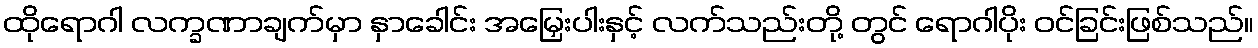
ထိုရောဂါ လက္ခဏာချက်မှာ နှာခေါင်း အမြှေးပါးနှင့် လက်သည်းတို့ တွင် ရောဂါပိုး ဝင်ခြင်းဖြစ်သည်။